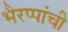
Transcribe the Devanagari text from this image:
भैरप्पांची